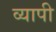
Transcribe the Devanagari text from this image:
व्‍यापी